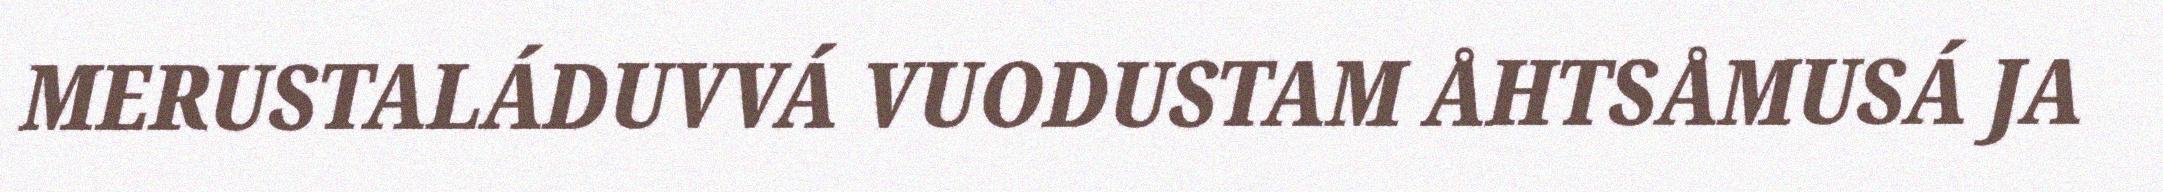
MERUSTALÁDUVVÁ VUODUSTAM ÅHTSÅMUSÁ JA